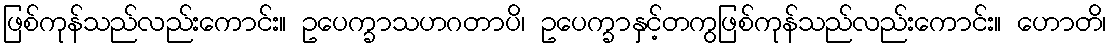
ဖြစ်ကုန်သည်လည်းကောင်း။ ဥပေက္ခာသဟဂတာပိ၊ ဥပေက္ခာနှင့်တကွဖြစ်ကုန်သည်လည်းကောင်း။ ဟောတိ၊